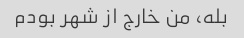
بله، من خارج از شهر بودم